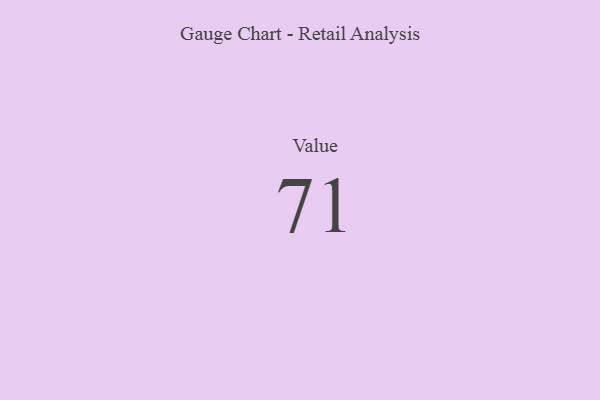
{"axis": {"x": "Metric", "y": "Value"}, "legend": [""], "data": [{"x": "Value", "y": 71, "type": ""}]}